Vaccine operations Central Provinces 1886-1899 - 1886-1899
Year: 1886
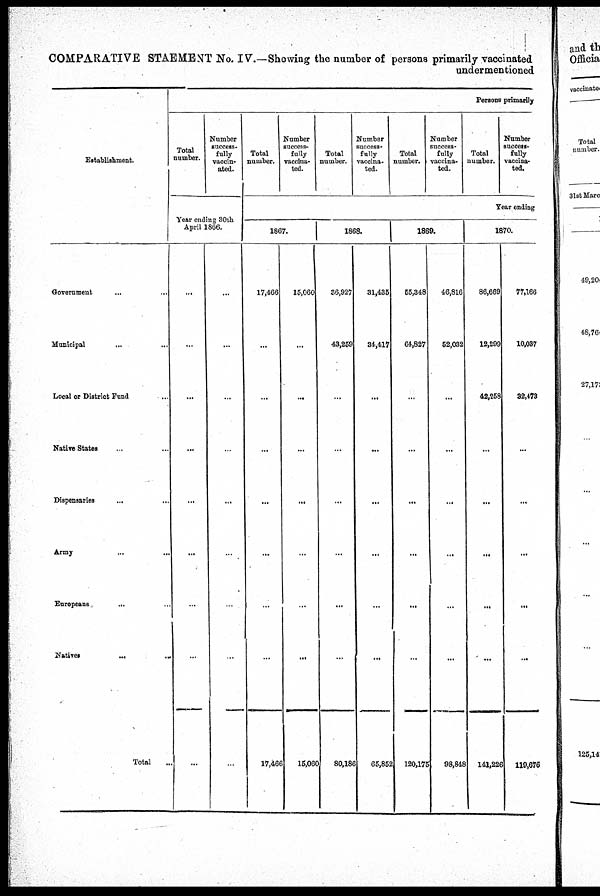
COMPARATIVE STAEMENT No. IV.—Showing the number of persons primarily vaccinated
undermentioned
Establishment.
Government...
Municipal...
Local or District Fund
Native States...
Dispensaries...
Army...
Europeans...
Natives...
...
Total...
Persons primarily
Total
number.
Number
success-
fully
vaccin-
ated.
Year ending 30th
April 1866.
...
...
...
...
...
...
...
...
...
...
...
...
...
...
...
...
...
...
Total
number.
Number
success-
fully
vaccina-
ted.
Total
number.
Number
success-
fully
vaccina-
ted.
Total
number.
Number
success-
fully
vaccina-
ted.
Total
number.
Number
success-
fully
vaccina-
ted.
Year ending
1867.
17,466
...
...
...
...
...
...
...
17,466
15,060
...
...
...
...
...
...
...
15,060
1868.
36,927
43,259
...
...
...
...
...
...
80,186
31,435
34,417
...
...
...
...
...
...
65,852
1869.
55,348
64,827
...
...
...
...
...
...
120,175
46,816
52,032
...
...
...
...
...
...
98,848
1870.
86,669
12,299
42,258
...
...
...
...
...
141,226
77,166
10,037
32,473
...
...
...
...
...
119,676